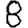
Digit: 8